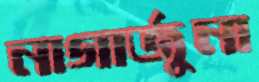
নাগার্জুনা